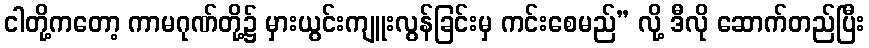
ငါတို့ကတော့ ကာမဂုဏ်တို့၌ မှားယွင်းကျူးလွန်ခြင်းမှ ကင်းစေမည်” လို့ ဒီလို ဆောက်တည်ပြီး